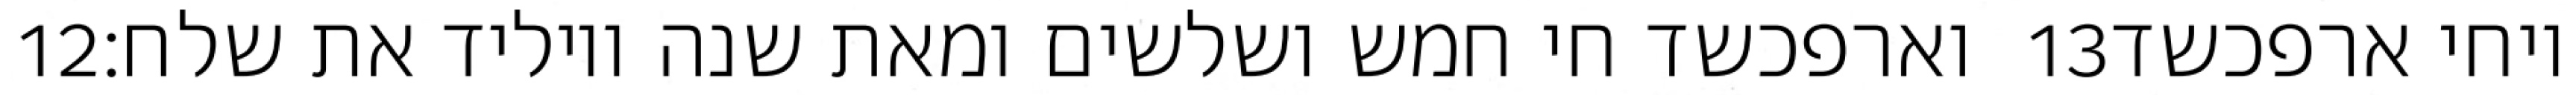
‎12‏ וארפכשד חי חמש ושלשים ומאת שנה ויוליד את שלח׃ ‎13‏ ויחי ארפכשד